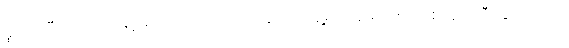
မူထားပြီး အကျယ်ချဲ့ ဟောရပါတယ်၊ ထိုအတိုင်း ချဲ့မယ်ဆိုရင် စာတစ်အုပ် သီးခြားထုတ်မှ